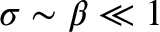
\sigma \sim \beta \ll 1